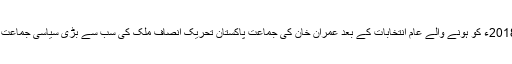
25 جولائی 2018ء کو ہونے والے عام انتخابات کے بعد عمران خان کی جماعت پاکستان تحریک انصاف ملک کی سب سے بڑی سیاسی جماعت بن کر ابھری۔